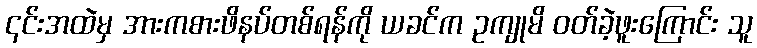
၎င်းအထဲမှ အားကစားဖိနပ်တစ်ရန်ကို ယခင်က ဥကျုမိ ဝတ်ခဲ့ဖူးကြောင်း သူ